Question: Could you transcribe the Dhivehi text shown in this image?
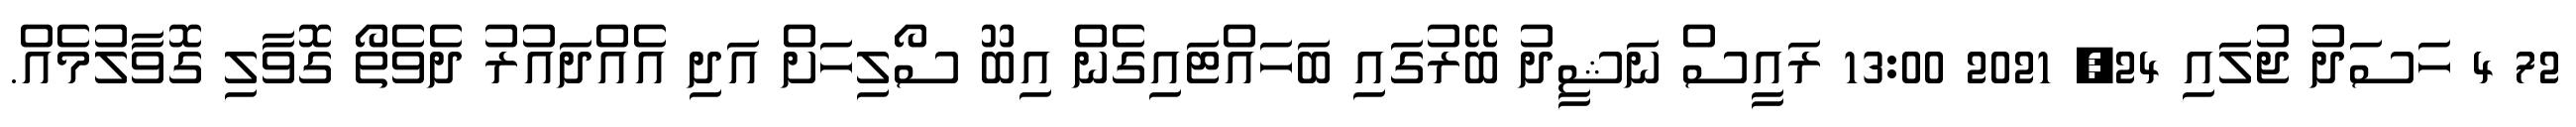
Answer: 72 4 ހަސަދު ޖުލައި 24, 2021 13:00 ރައީސް ނަޝީދު ބޭރުގައި ބަހައްޓައިގެން އިބޫ ސޯލިހަށް އަދި އެއްދައުރު ދެވެތޯ ގޮވާލި ގޮވާލުމެއް.